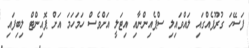
ފަސޭހަ ގުރޫޕެއްގައި ލައްވައިލި ސްޕެއިންނާއި އިޓަލީ އަށްވެސް ހަމަހަމަ އަށް ޕޮއިންޓް ލިބިފައި